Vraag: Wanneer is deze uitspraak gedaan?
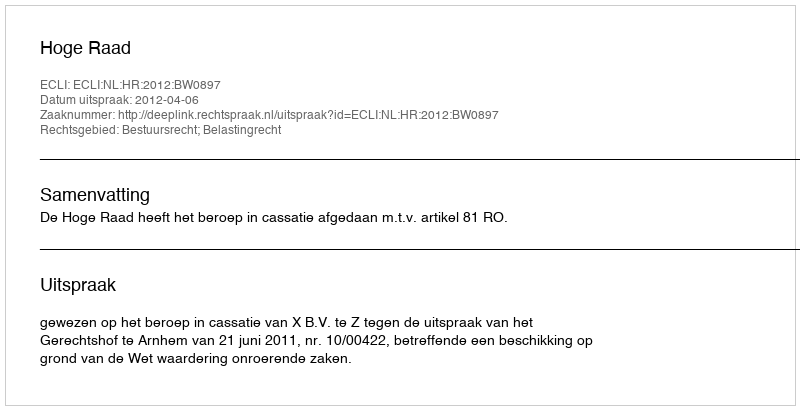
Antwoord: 2012-04-06